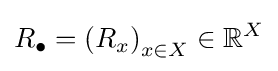
R_{\bullet }=\left(R_{x}\right)_{x\in X}\in \mathbb {R} ^{X}